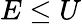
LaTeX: E\leq U